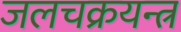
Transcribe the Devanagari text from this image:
जलचक्रयन्त्र